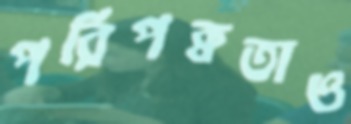
পরিপক্বতাও